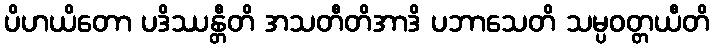
ပိဟယိတော ပဒိဿန္တီတိ အသတီတိအာဒိ ပဘာသေတိ သမ္ပဝတ္တယီတိ